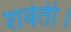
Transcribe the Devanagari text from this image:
शर्बती।